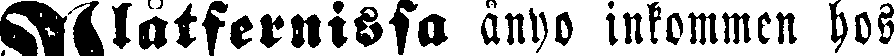
Slåtferniska ånyo inkommen hos